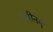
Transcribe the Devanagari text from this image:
रथीनम्